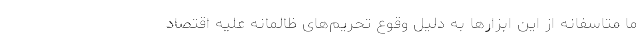
ما متاسفانه از این ابزارها به دلیل وقوع تحریم‌های ظالمانه علیه اقتصاد